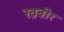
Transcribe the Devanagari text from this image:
ख़बीर